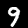
Label: 9